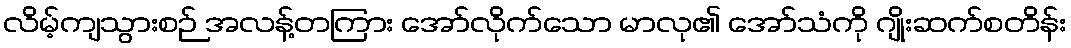
လိမ့်ကျသွားစဉ် အလန့်တကြား အော်လိုက်သော မာလု၏ အော်သံကို ဂျိုးဆက်စတိန်း